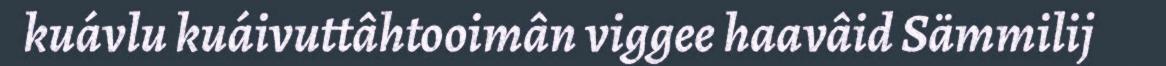
kuávlu kuáivuttâhtooimân viggee haavâid Sämmilij